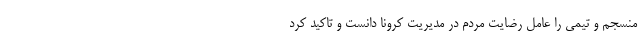
منسجم و تیمی را عامل رضایت مردم در مدیریت کرونا دانست و تاکید کرد